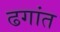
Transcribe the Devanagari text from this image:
ढगांत